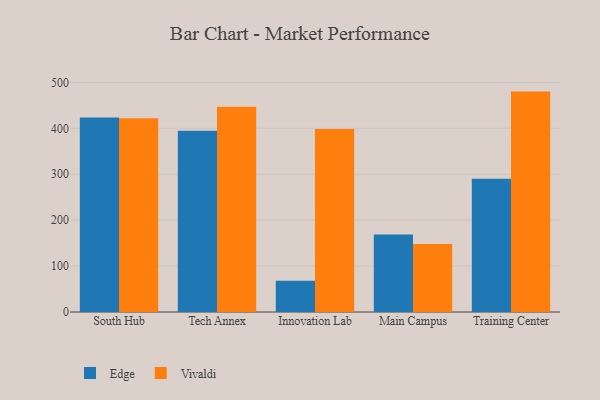
{"axis": {"x": "Campus", "y": "Inventory Turnover"}, "legend": ["Edge", "Vivaldi"], "data": [{"x": "South Hub", "y": 423.4, "type": "Edge"}, {"x": "South Hub", "y": 422.1, "type": "Vivaldi"}, {"x": "Tech Annex", "y": 394.4, "type": "Edge"}, {"x": "Tech Annex", "y": 447.0, "type": "Vivaldi"}, {"x": "Innovation Lab", "y": 68.0, "type": "Edge"}, {"x": "Innovation Lab", "y": 398.6, "type": "Vivaldi"}, {"x": "Main Campus", "y": 168.8, "type": "Edge"}, {"x": "Main Campus", "y": 148.0, "type": "Vivaldi"}, {"x": "Training Center", "y": 289.9, "type": "Edge"}, {"x": "Training Center", "y": 479.9, "type": "Vivaldi"}]}